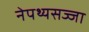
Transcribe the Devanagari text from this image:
नेपथ्यसज्जा